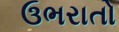
ઉભરાતો